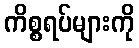
ကိစ္စရပ်များကို